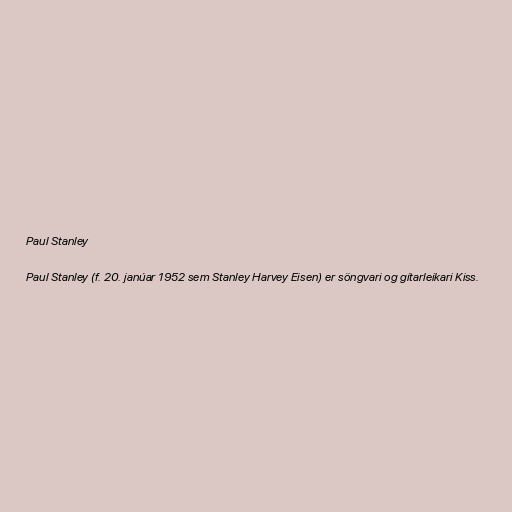
Paul Stanley

Paul Stanley (f. 20. janúar 1952 sem Stanley Harvey Eisen) er söngvari og gítarleikari Kiss.